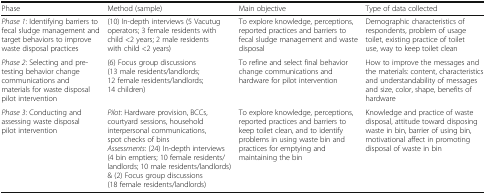
| Phase | Method (sample) | Main objective | Type of data collected |
 | --- | --- | --- | --- |
 | Phase 1: Identifying barriers to fecal sludge management and target behaviors to improve waste disposal practices | (10) In-depth interviews (5 Vacutug operators; 3 female residents with child <2 years; 2 male residents with child <2 years) | To explore knowledge, perceptions, reported practices and barriers to fecal sludge management and waste disposal | Demographic characteristics of respondents, problem of usage toilet, existing practice of toilet use, way to keep toilet clean |
 | Phase 2: Selecting and pre-testing behavior change communications and materials for waste disposal pilot intervention | (6) Focus group discussions (13 male residents/landlords; 12 female residents/landlords; 14 children) | To refine and select final behavior change communications and hardware for pilot intervention | How to improve the messages and the materials: content, characteristics and understandability of messages and size, color, shape, benefits of hardware |
 | Phase 3: Conducting and assessing waste disposal pilot intervention | Pilot: Hardware provision, BCCs, courtyard sessions, household interpersonal communications, spot checks of binsAssessments: (24) In-depth interviews (4 bin emptiers; 10 female residents/landlords; 10 male residents/landlords) & (2) Focus group discussions (18 female residents/landlords) | To explore knowledge, perceptions, reported practices and barriers to keep toilet clean, and to identify problems in using waste bin and practices for emptying and maintaining the bin | Knowledge and practice of waste disposal, attitude toward disposing waste in bin, barrier of using bin, motivational affect in promoting disposal of waste in bin |